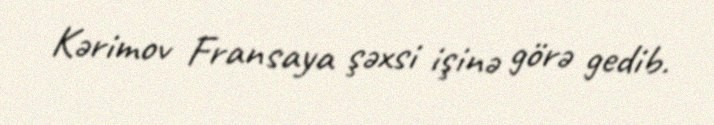
Kərimov Fransaya şəxsi işinə görə gedib.